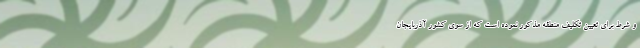
و شرط برای تعیین تکلیف منطقه مذکور نموده است که از سوی کشور آذربایجان